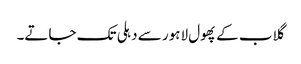
گلاب کے پھول لاہور سے دہلی تک جاتے۔